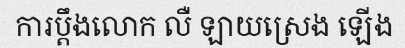
ការប្តឹងលោក លឺ ឡាយស្រេង ឡើង